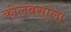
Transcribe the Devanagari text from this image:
कोलंबसाला